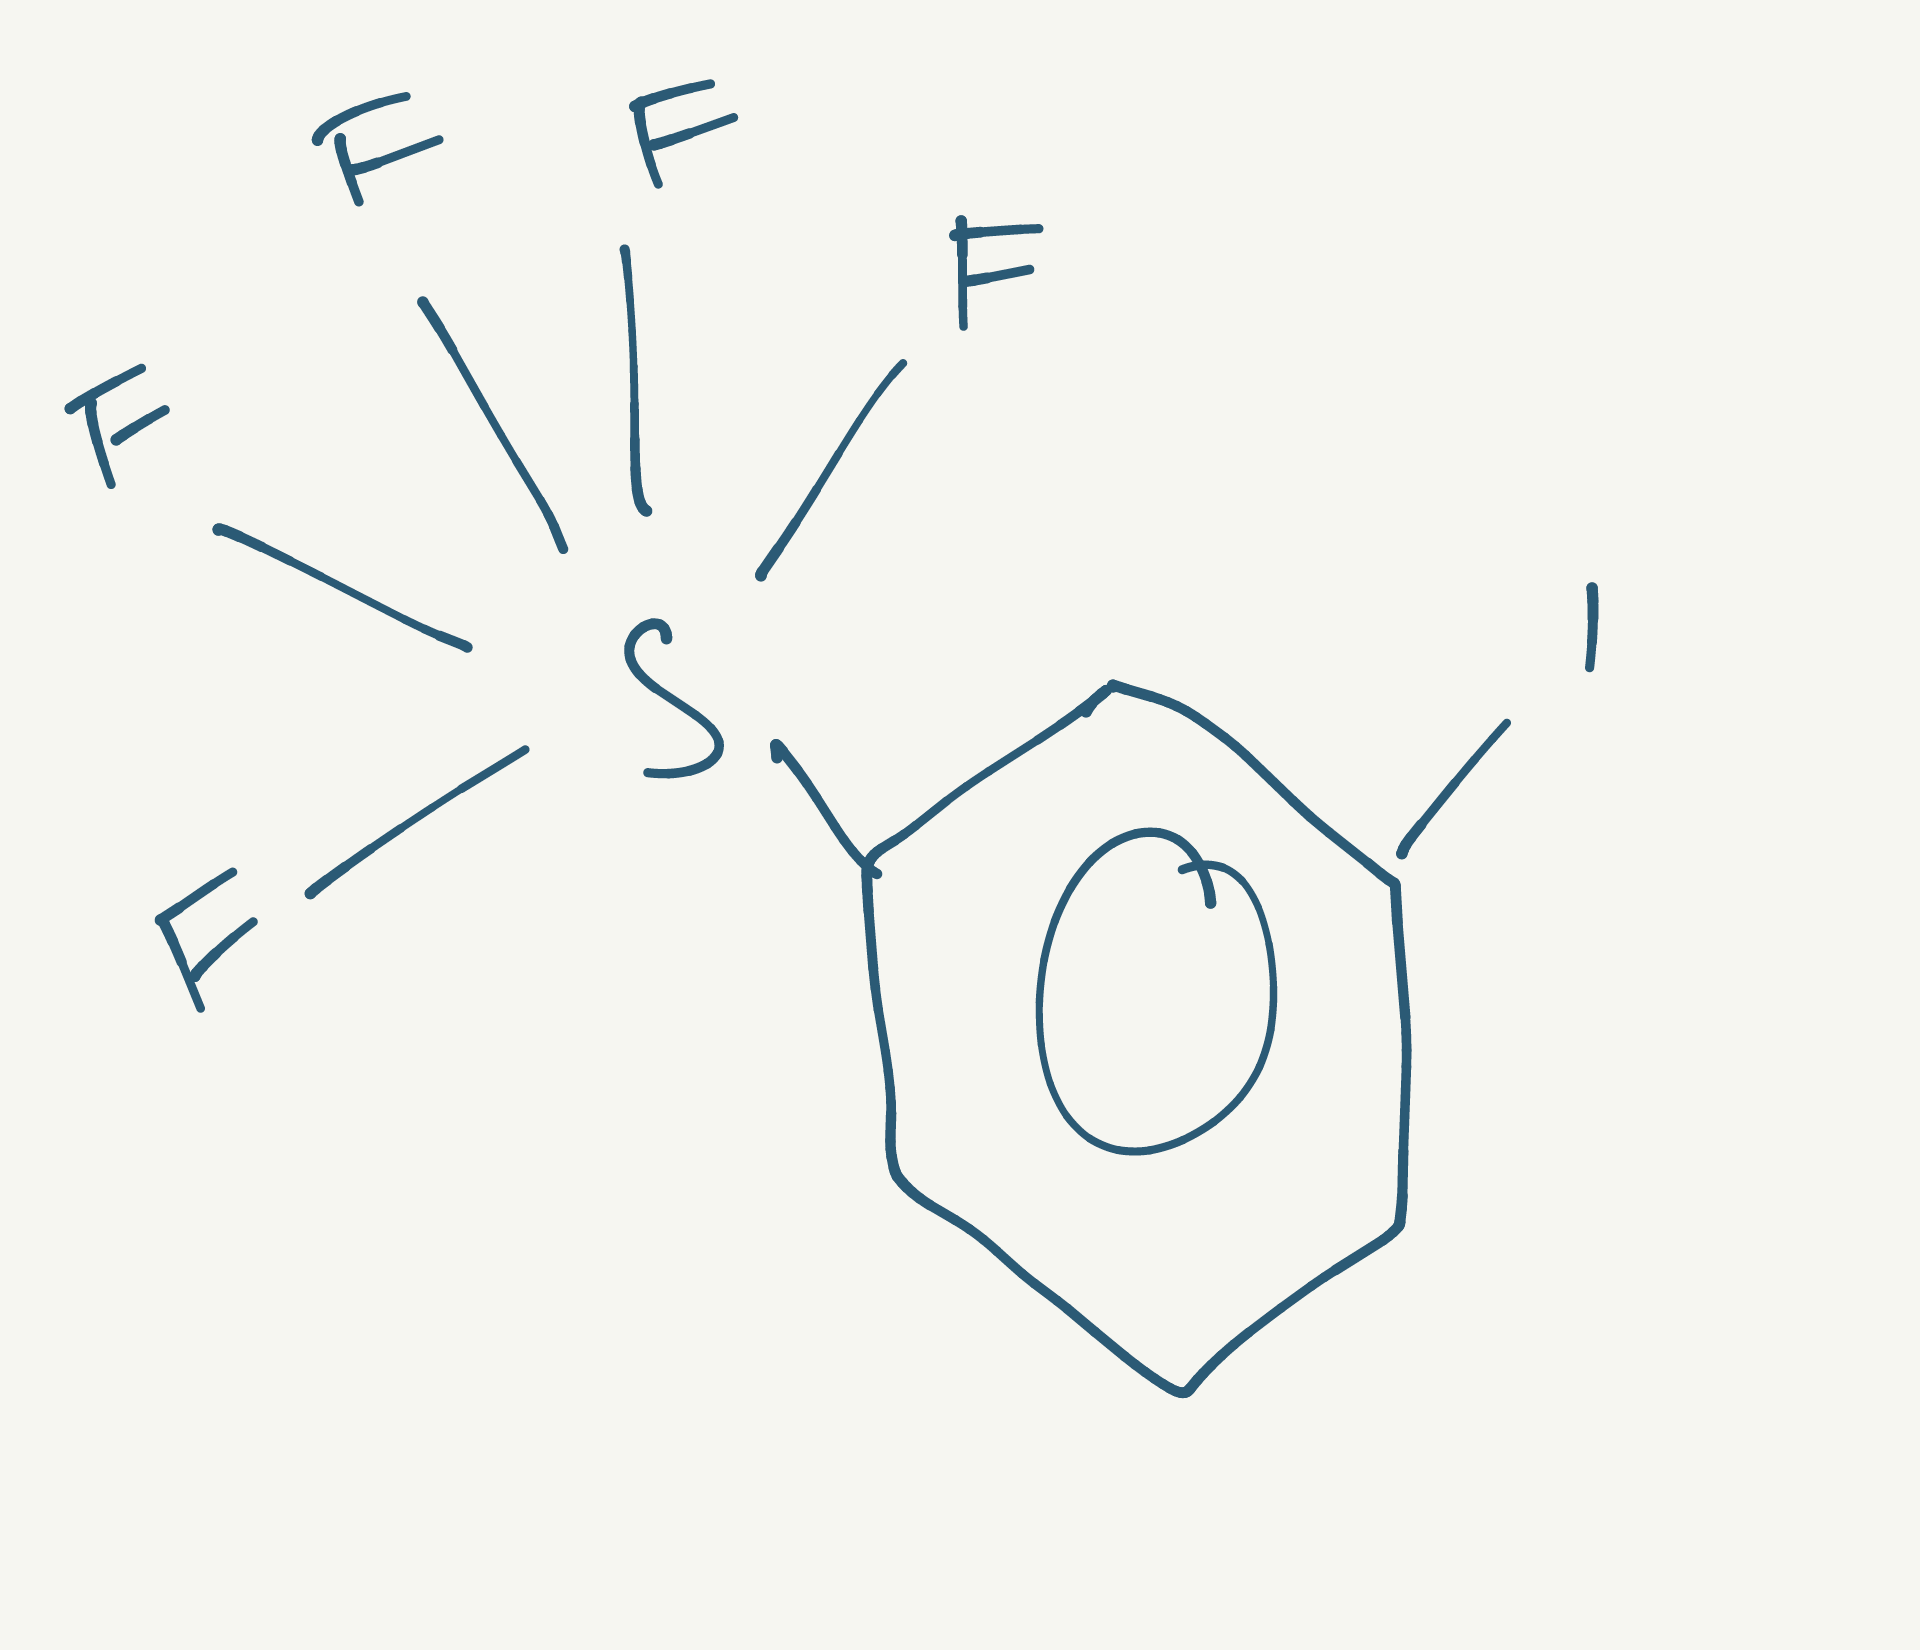
Simplified molecular-input line-entry system (SMILES) notation of the given molecule:
C1=CC(=CC(=C1)I)S(F)(F)(F)(F)F